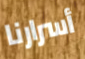
أسرارنا